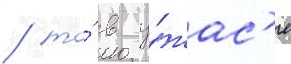
/ то́ в у́жас'е